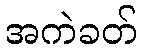
အကဲခတ်